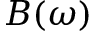
B ( \omega )